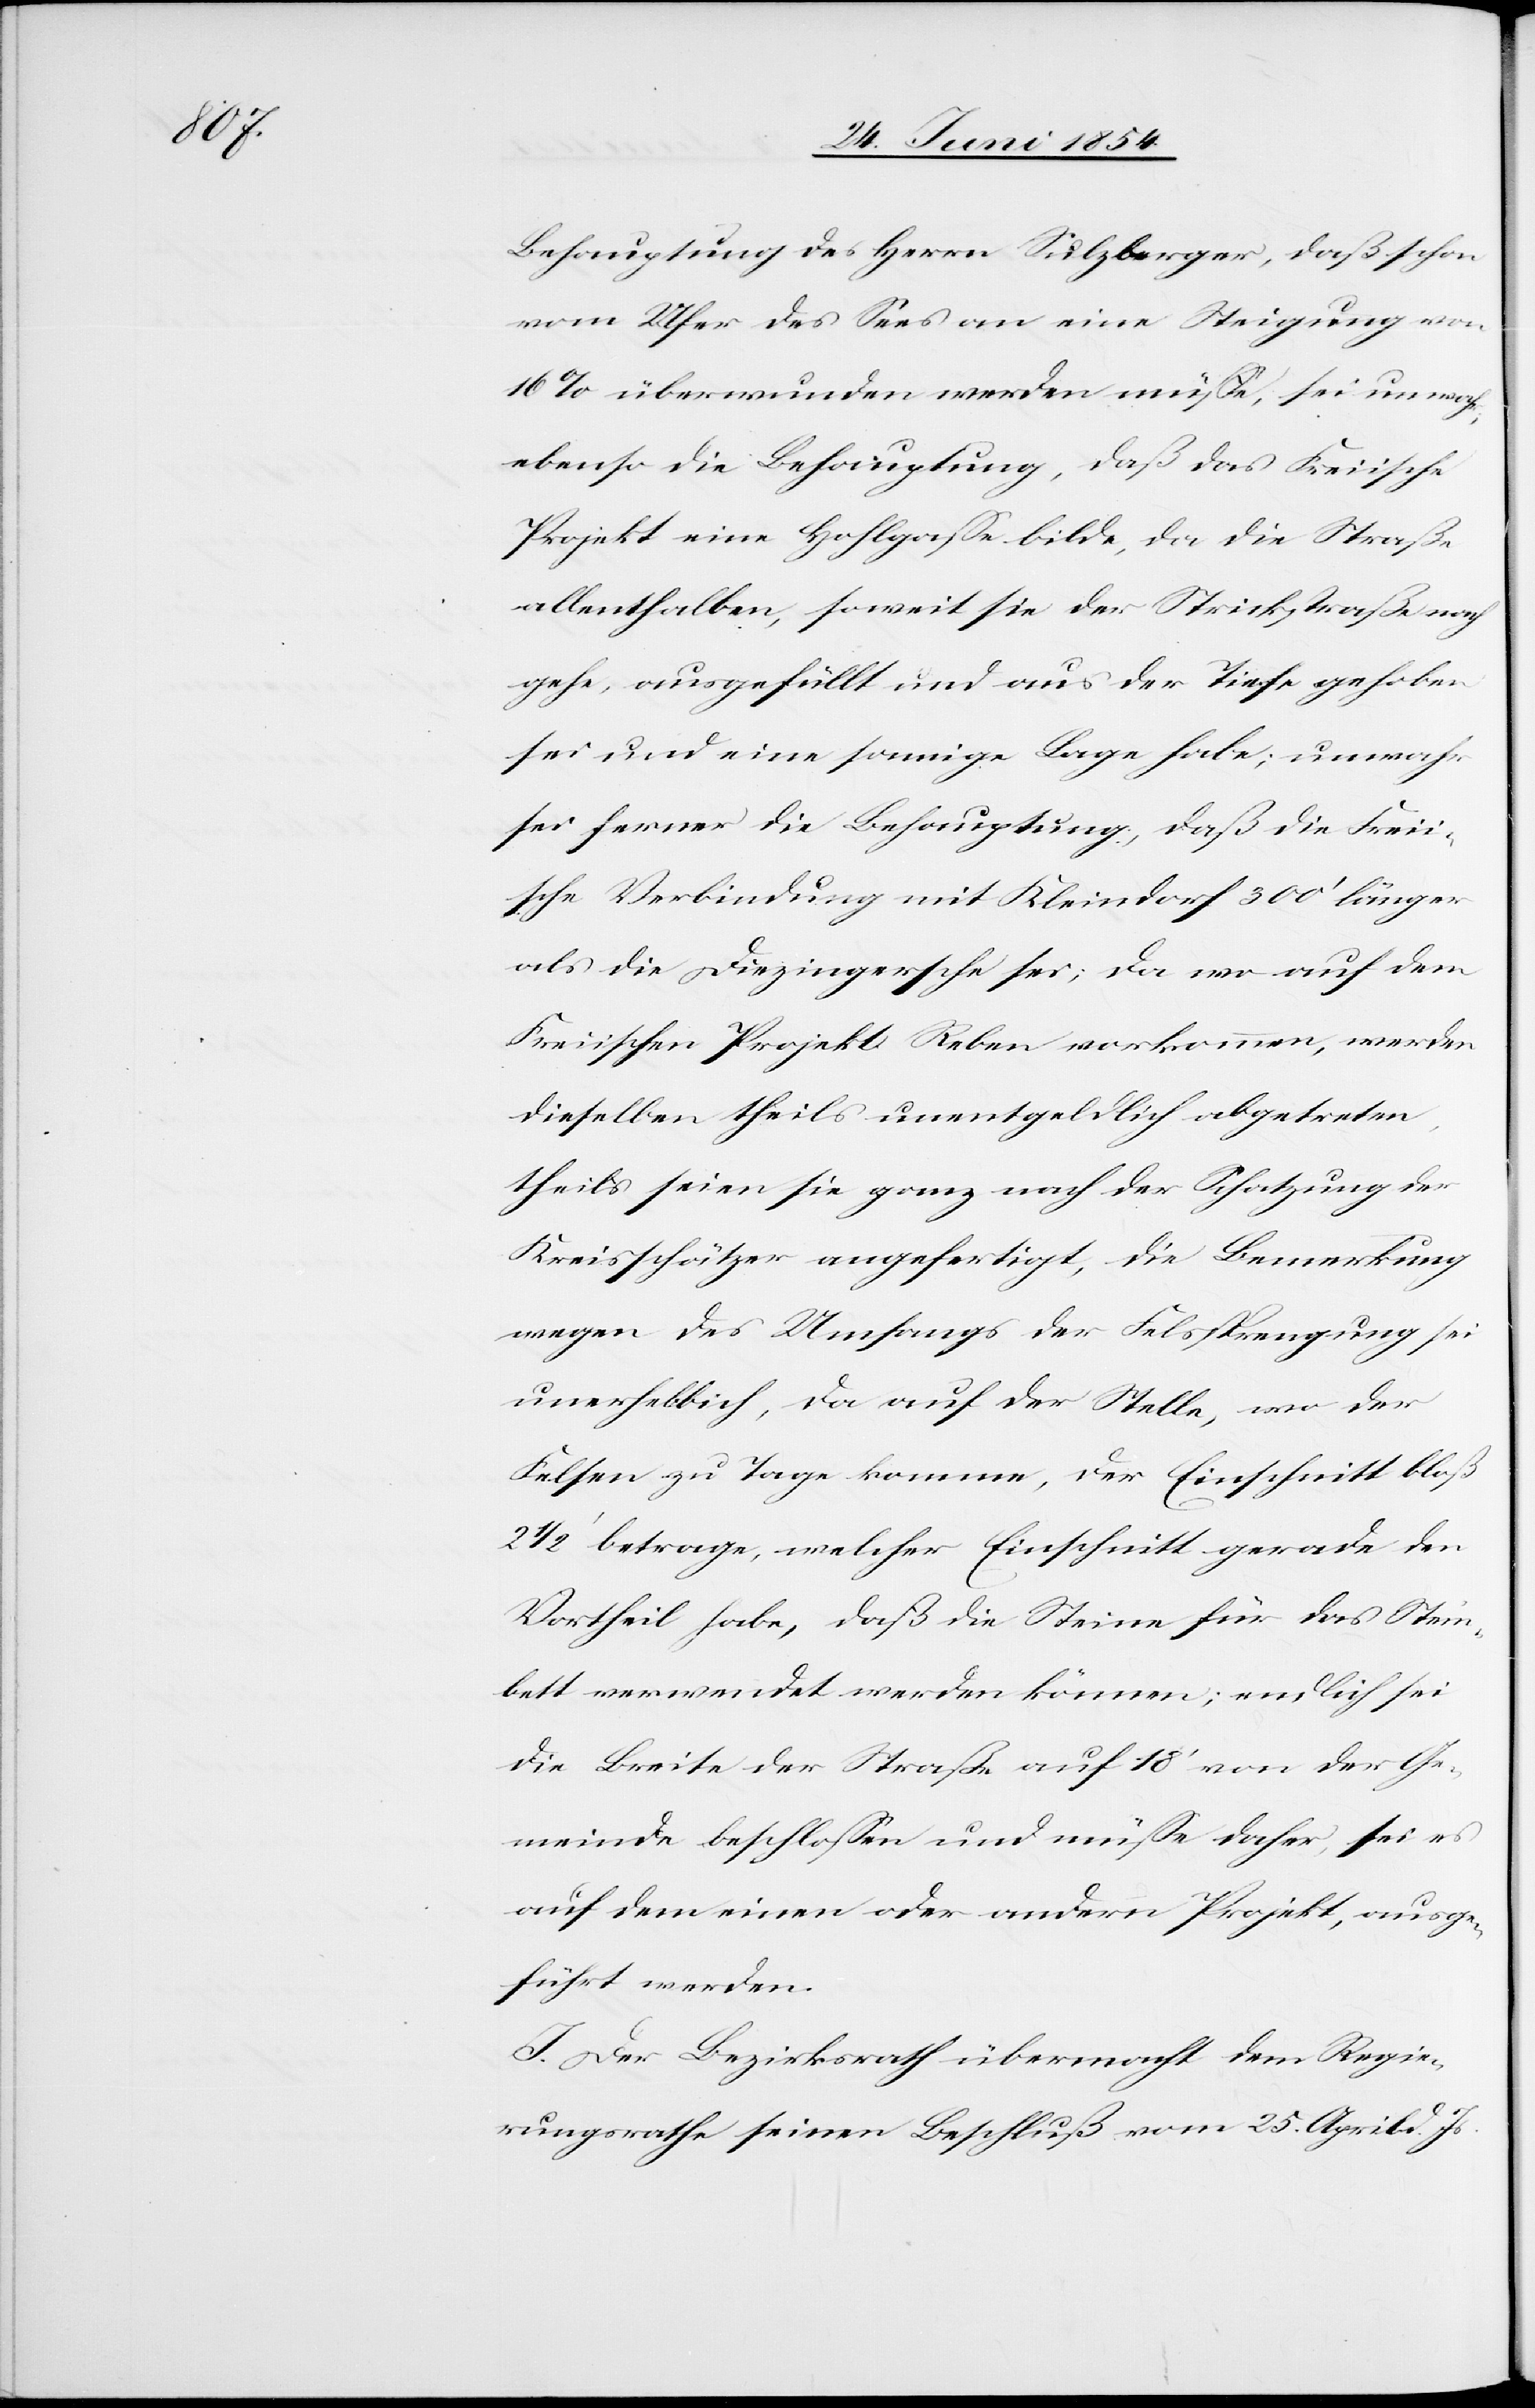
Behauptung des Herrn Sulzberger, daß schon
vom Ufer des Sees an eine Steigung von
16 % überwunden werden müße, sei unwahr;
ebenso die Behauptung, daß das Freiische
Projekt eine Hohlgaße bilde, da die Straße
allenthalben, soweit sie der Strickstraße nach
gehe, ausgefüllt und aus der Tiefe gehoben
sei und eine sonnige Lage habe; unwahr
sei ferner die Behauptung, daß die Freii¬
sche Verbindung mit Kleindorf 300‘ länger
als die Diezingersche sei; da wo auf dem
Freiischen Projekt Reben vorkommen, werden
dieselben theils unentgeldlich abgetreten,
theils seien sie ganz nach der Schatzung der
Kreisschätzer angefertigt, die Bemerkung
wegen des Umfangs der Felssprengung sei
unerheblich, da auf der Stelle, wo der
Felsen zu Tage komme, der Einschnitt bloß
2 1/2‘ betrage, welcher Einschnitt gerade den
Vortheil habe, daß die Steine für das Stein¬
bett verwendet werden könne; endlich sei
die Breite der Straße auf 18‘ von der Ge¬
meinde beschloßen und müße daher, sei es
auf dem einen oder andern Projekt, ausge¬
führt werden.
I. Der Bezirksrath übermacht dem Regie¬
rungsrathe seinen Beschluß vom 25. April d. Js.